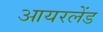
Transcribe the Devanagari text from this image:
आयरलेंड